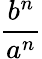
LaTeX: \frac{b^{n}}{a^{n}}